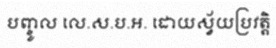
បញ្ចូល លេ.ស.ប.អ. ដោយស្វ័យប្រវត្តិ